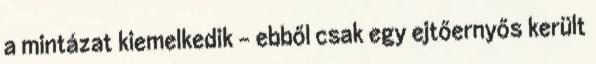
a mintázat kiemelkedik - ebből csak egy ejtőernyős került